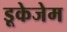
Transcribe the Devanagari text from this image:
डूकेजेम